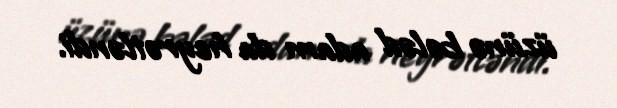
üzünə bələd adam da heyrətləndi.